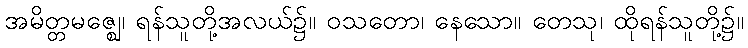
အမိတ္တမဇ္ဈေ၊ ရန်သူတို့အလယ်၌။ ဝသတော၊ နေသော။ တေသု၊ ထိုရန်သူတို့၌။